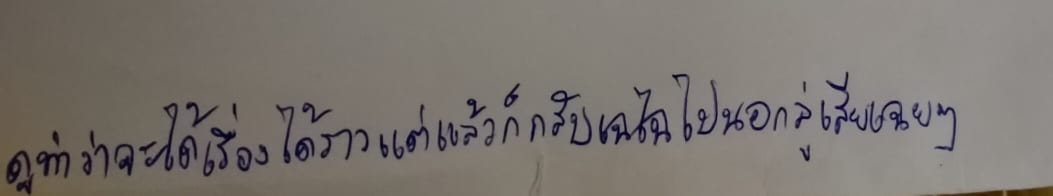
ดูท่าว่าจะได้เรื่องได้ราวแต่แล้วก็กลับเฉไฉไปนอกลู่เสียเฉยๆ